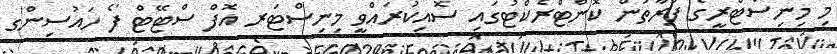
މި މިނިސްޓްރީގެ ފަރާތުން ކޮންޓްރެކްޓުގައި ސޮއިކުރައްވީ މިނިސްޓަރ އޮފް ސްޓޭޓް ފޯ ހައުސިންގ